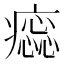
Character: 𤺫